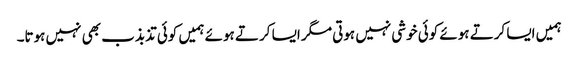
ہمیں ایسا کرتے ہوئے کوئی خوشی نہیں ہوتی مگر ایسا کرتے ہوئے ہمیں کوئی تذبذب بھی نہیں ہوتا۔